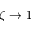
\zeta \rightarrow 1